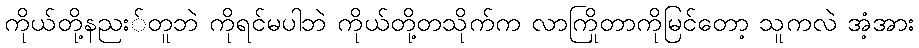
ကိုယ်တို့နညး်တူဘဲ ကိုရင်မပါဘဲ ကိုယ်တို့တသိုက်က လာကြိုတာကိုမြင်တော့ သူကလဲ အံ့အား